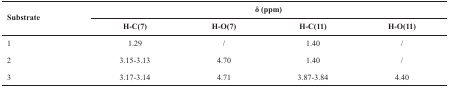
<table><thead><tr><td rowspan="2"><b>Substrate</b></td><td colspan="4"><b>δ (ppm)</b></td></tr><tr><td><b>H-C(7)</b></td><td><b>H-O(7)</b></td><td><b>H-C(11)</b></td><td><b>H-O(11)</b></td></tr></thead><tbody><tr><td>1</td><td>1.29</td><td>/</td><td>1.40</td><td>/</td></tr><tr><td>2</td><td>3.15-3.13</td><td>4.70</td><td>1.40</td><td>/</td></tr><tr><td>3</td><td>3.17-3.14</td><td>4.71</td><td>3.87-3.84</td><td>4.40</td></tr></tbody></table>